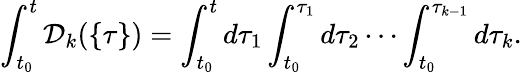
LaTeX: \int_{t_{0}}^{t}{\cal D}_{k}(\{ \tau\} )=\int_{t_{0}}^{t}d\tau_{1}\int_{t_{0}}^{\tau_{1}}d\tau_{2}\cdots\int_{t_{0}}^{\tau_{k-1}}d\tau_{k}.